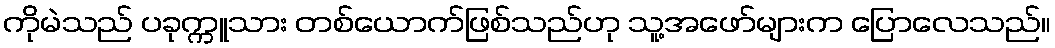
ကိုမဲသည် ပခုက္ကူသား တစ်ယောက်ဖြစ်သည်ဟု သူ့အဖော်များက ပြောလေသည်။